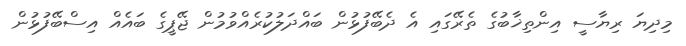
މިދިޔަ ރިޔާސީ އިންތިޚާބުގެ ތެރޭގައި އެ ދެބޭފުޅުން ބައްދަލުކުރެއްވުމުން ޖޭޕީގެ ބައެއް އިސްބޭފުޅުން